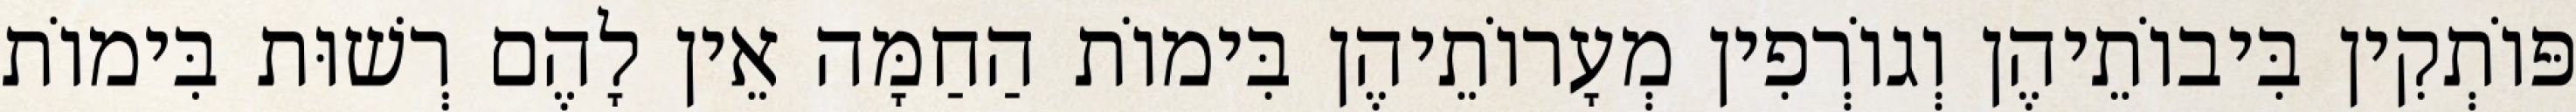
פּוֹתְקִין בִּיבוֹתֵיהֶן וְגוֹרְפִין מְעָרוֹתֵיהֶן בִּימוֹת הַחַמָּה אֵין לָהֶם רְשׁוּת בִּימוֹת